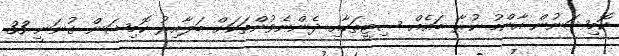
ކޮމިޝަނުން އާންމު ކުރާ ބައެއް ސިޓީތަކާއި ދެންނެވުންތަކަށް ބަލާއިރު ކޮމިޝަން ގުނަނީ 33